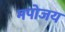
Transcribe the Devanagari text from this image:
मपोजय